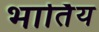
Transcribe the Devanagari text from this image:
भार्तिय